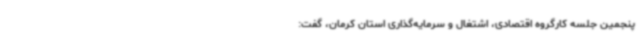
پنجمین جلسه کارگروه اقتصادی، اشتغال و سرمایه‌گذاری استان کرمان، گفت: